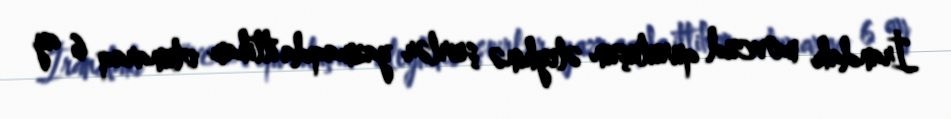
İrandakı mövcud quruluşun əleyhinə şeirlər yazmaqda ittiham olunaraq 6 ay